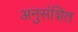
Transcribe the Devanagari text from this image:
अनुसंशित